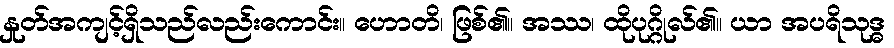
နှုတ်အကျင့်ရှိသည်လည်းကောင်း။ ဟောတိ၊ ဖြစ်၏။ အဿ၊ ထိုပုဂ္ဂိုလ်၏။ ယာ အပရိသုဒ္ဓ